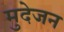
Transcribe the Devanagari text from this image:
मुदेजन